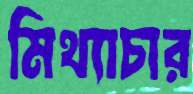
মিথ্যাচার